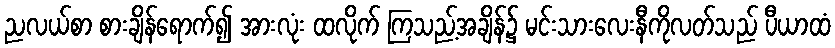
ညလယ်စာ စားချိန်ရောက်၍ အားလုံး ထလိုက် ကြသည့်အချိန်၌ မင်းသားလေးနီကိုလတ်သည် ပီယာထံ